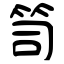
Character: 笥